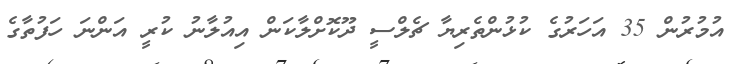
އުމުރުން 35 އަހަރުގެ ކުޅުންތެރިޔާ ޗެލްސީ ދޫކޮށްލާކަން އިއުލާނު ކުރީ އަންނަ ހަފުތާގެ